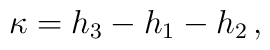
\kappa = h_3 - h_1 - h_2 \,,